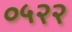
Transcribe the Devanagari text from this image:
०५२२